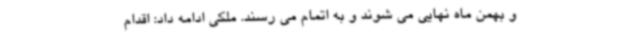
و بهمن ماه نهایی می شوند و به اتمام می رسند. ملکی ادامه داد: اقدام